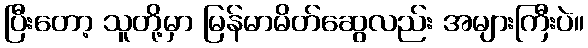
ပြီးတော့ သူတို့မှာ မြန်မာမိတ်ဆွေလည်း အများကြီးပဲ။